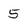
Character: 5